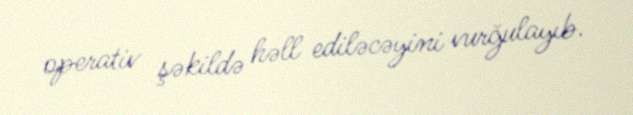
operativ şəkildə həll ediləcəyini vurğulayıb.